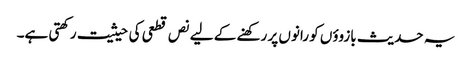
یہ حدیث بازوؤں کو رانوں پر رکھنے کے لیے نص قطعی کی حیثیت رکھتی ہے۔